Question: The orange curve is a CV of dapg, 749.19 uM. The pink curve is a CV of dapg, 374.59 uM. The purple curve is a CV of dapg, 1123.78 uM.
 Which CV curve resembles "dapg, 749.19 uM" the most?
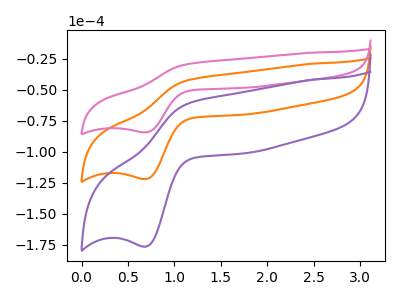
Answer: <think>The orange curve "dapg, 749.19 uM" has an anodic peak at (1.15V, -42.10uA) and a cathodic peak at (0.70V, -122.05uA). The pink curve "dapg, 374.59 uM" has an anodic peak at (1.15V, -29.10uA) and a cathodic peak at (0.70V, -84.30uA). The purple curve "dapg, 1123.78 uM" has an anodic peak at (1.15V, -84.15uA) and a cathodic peak at (0.70V, -244.10uA).
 All the peaks in "dapg, 749.19 uM" have a peak in "dapg, 374.59 uM" at the same potential. All the peaks in "dapg, 749.19 uM" have a peak in "dapg, 1123.78 uM" at the same potential. All the peaks in "dapg, 374.59 uM" have a peak in "dapg, 1123.78 uM" at the same potential.</think>
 <answer>"dapg, 749.19 uM" and "dapg, 1123.78 uM" have a similar shape to "dapg, 374.59 uM".</answer>
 <eval>"dapg, 749.19 uM" "dapg, 1123.78 uM"</eval>